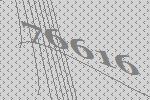
76616